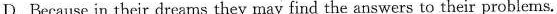
D.Because in their dreams they may find the answers to their problems.